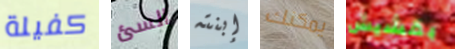
كفيلة السئ إبنته يمكنك بقشيش